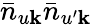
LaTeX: \bar{n}_{u\mathbf{k}}\bar{n}_{u^{\prime}\mathbf{k}}